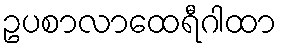
ဥပစာလာထေရီဂါထာ